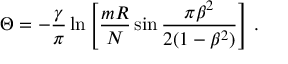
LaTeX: \Theta = - \frac { \gamma } { \pi } \ln \left[ \frac { m R } { N } \sin \frac { \pi \beta ^ { 2 } } { 2 ( 1 - \beta ^ { 2 } ) } \right] \, .